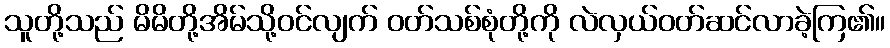
သူတို့သည် မိမိတို့အိမ်သို့ဝင်လျက် ဝတ်သစ်စုံတို့ကို လဲလှယ်ဝတ်ဆင်လာခဲ့ကြ၏။